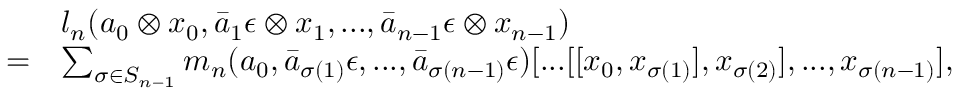
\begin{array} { r l } & { l _ { n } ( a _ { 0 } \otimes x _ { 0 } , \bar { a } _ { 1 } \epsilon \otimes x _ { 1 } , . . . , \bar { a } _ { n - 1 } \epsilon \otimes x _ { n - 1 } ) } \\ { = } & { \sum _ { \sigma \in S _ { n - 1 } } m _ { n } ( a _ { 0 } , \bar { a } _ { \sigma ( 1 ) } \epsilon , . . . , \bar { a } _ { \sigma ( n - 1 ) } \epsilon ) [ . . . [ [ x _ { 0 } , x _ { \sigma ( 1 ) } ] , x _ { \sigma ( 2 ) } ] , . . . , x _ { \sigma ( n - 1 ) } ] , } \end{array}